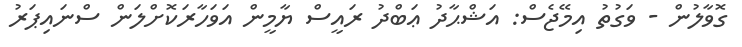
ގޮވާލުން - ވަގުތު އިމޭޖެސް: އަޝްޙާދު ޢަބްދު ރައީސް ޔާމީން އަވަހާރަކޮށްލަން ސްނައިޕަރު